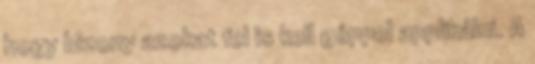
hogy bizony azokat fel is kell géppel applikálni. A